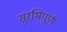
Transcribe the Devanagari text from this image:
सुरभिपूर्ण